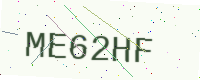
Text: ME62HF